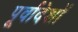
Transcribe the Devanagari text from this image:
पूर्वादेशों